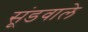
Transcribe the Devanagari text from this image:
सूंडवाले